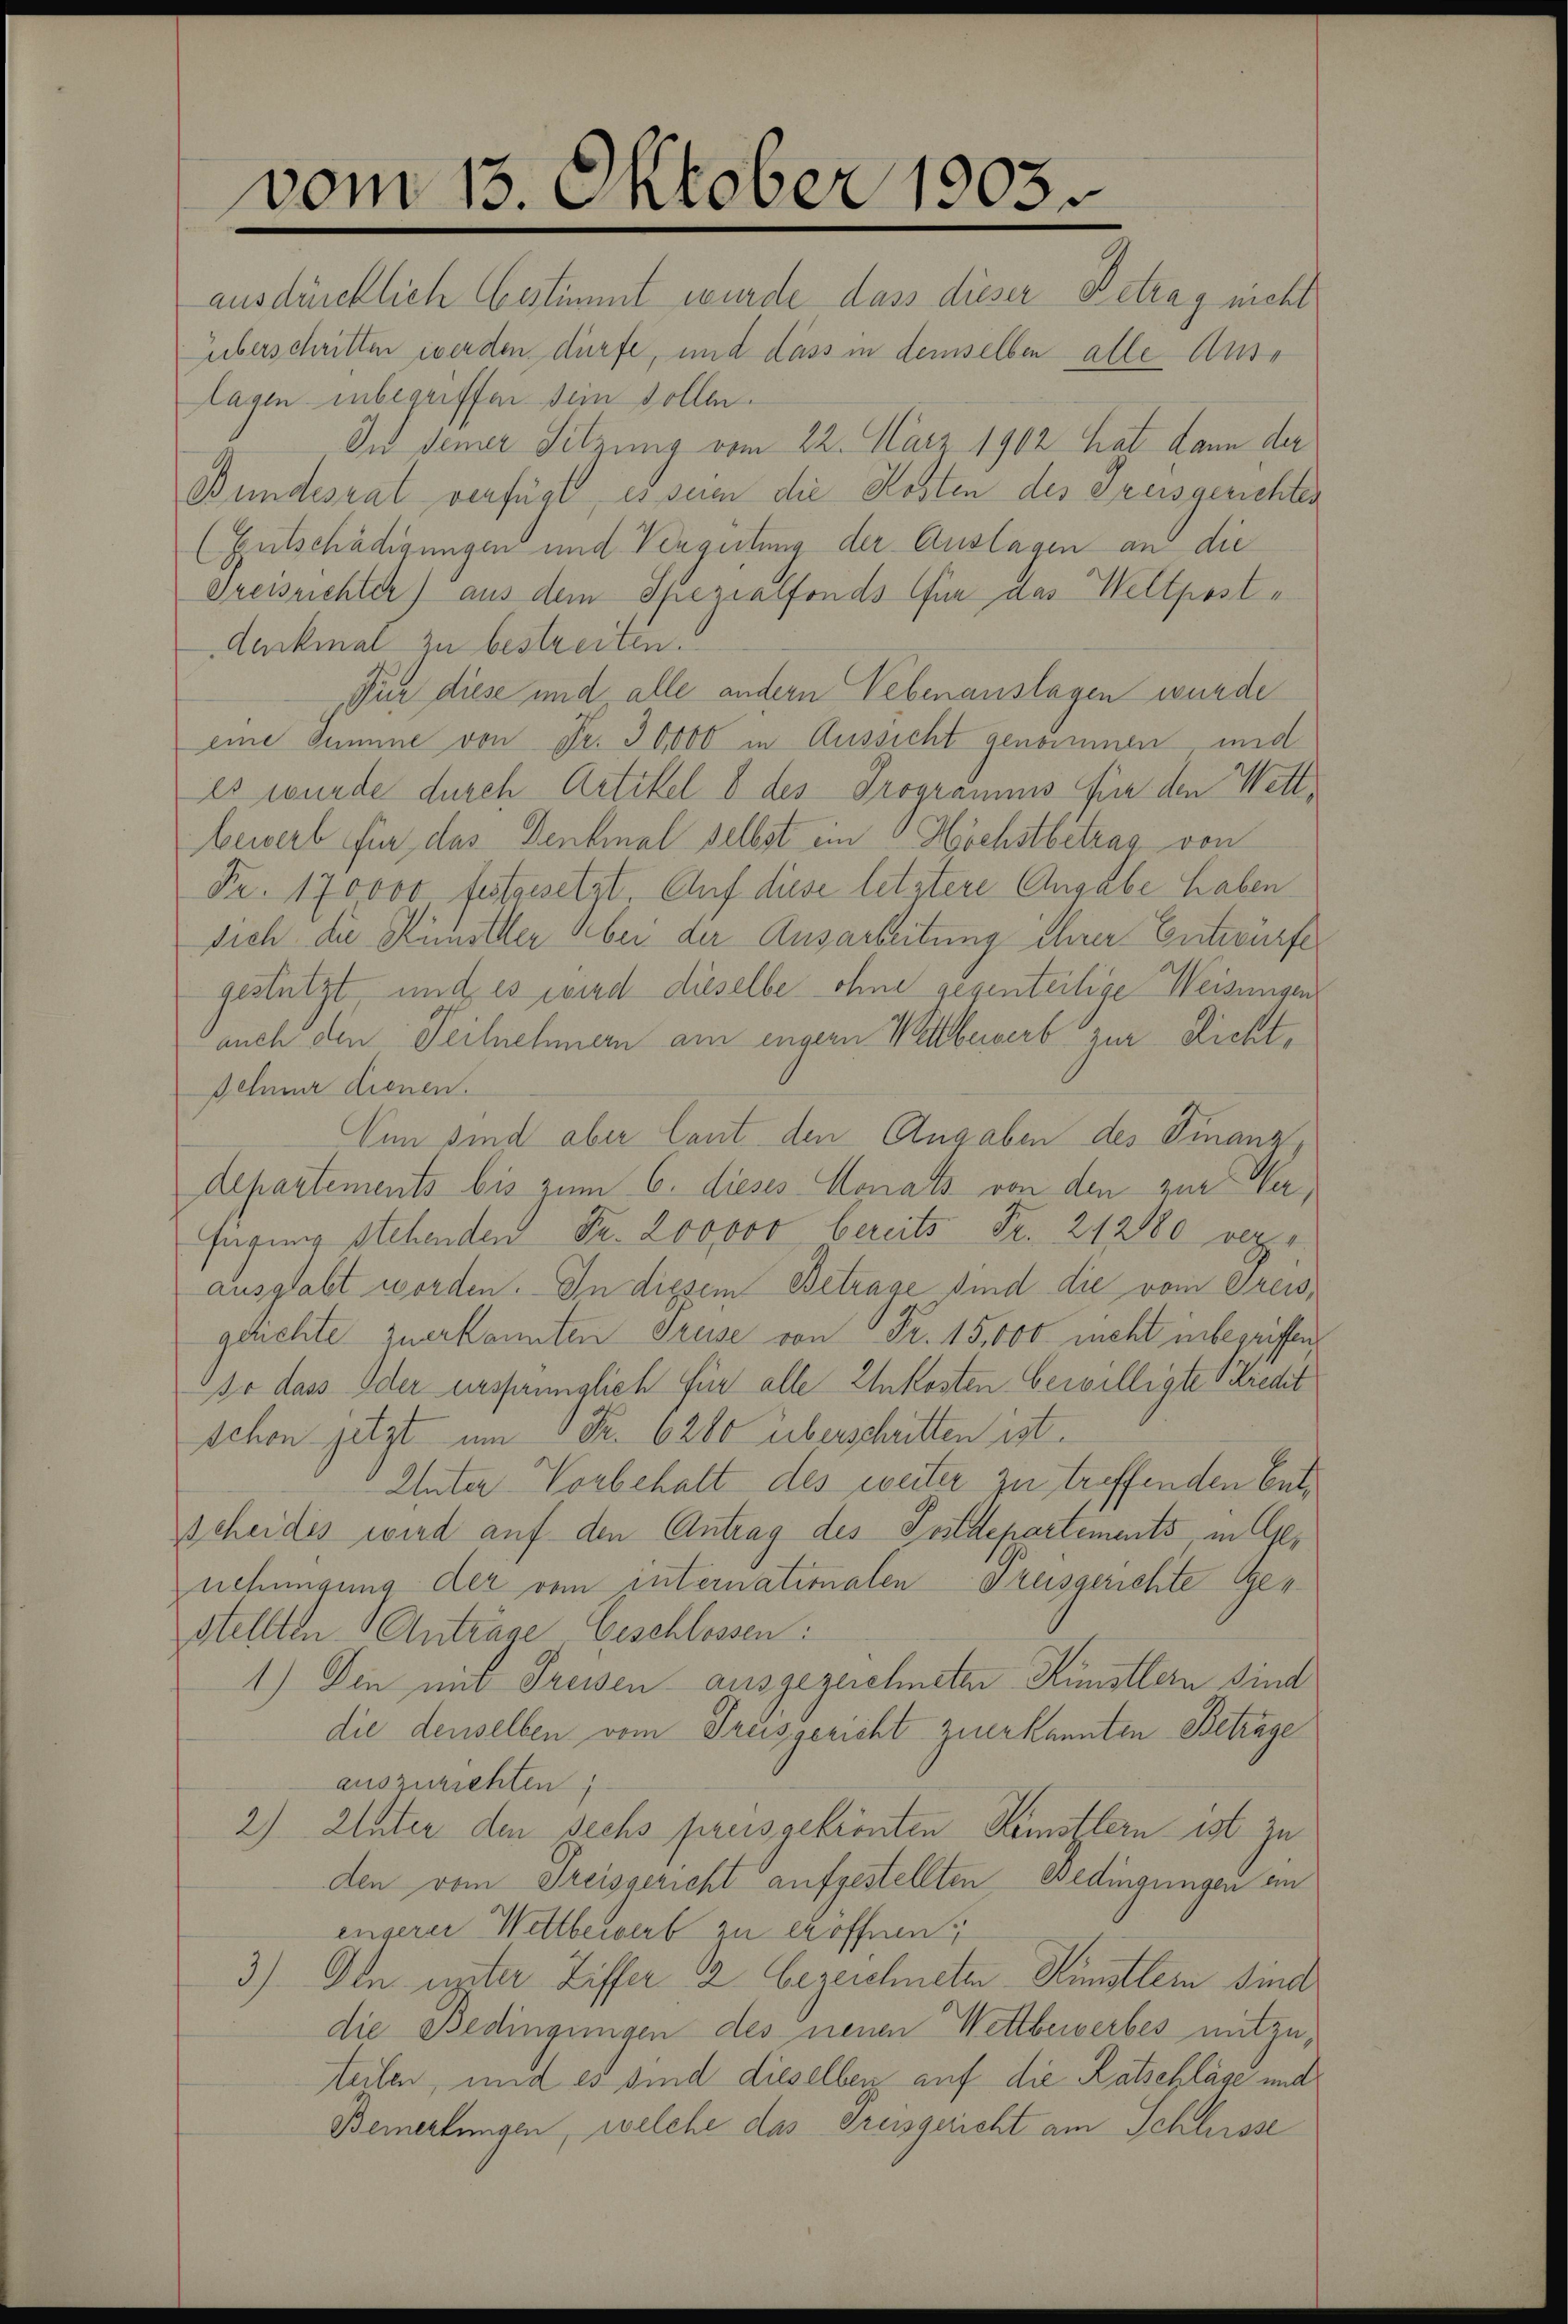
vom 13. Oktober 1903.

ausdrücklich bestimmt wurde dass dieser Betrag nicht
überschritten werden dürfe, und dass in demselben alle Auslagen inbegriffen sein sollen.
In dener Sitzung vom 22. März 1902 hat dann der
Bundesrat verfügt, es seien die Kosten des Kreisgerichten
(Entschädigungen und Vergütung der Auslagen an die
Dreisrichter) aus dem Spezialfonds für das Weltposte
Aerkmal zu bestreiten.
Für diese und alle andern Lebenauslagen wurde
eine Summe von Fr. 30,000 in Aussicht genommen und
es wurde durch Artikel 8 des Programms für den Wettbewerb für das Denkmal selbst ein Höchstbetrag von
Fr. 170000 festgesetzt. Auf diese letztere Angabe haben
sich die Künstler Aber der Ausarbeitung ihrer Entwürfe
gestützt und es wird dieselbe ohne gegenteilige Weisungen
auch den Teilnehmern am engern Wettbewerb zur Richt¬
Jchnur dienen.
Vnn sind aber laut den Angaben des Finanz¬
Alpartements bis zum 6. dieses Monats von den zur Verfügung stehenden Fr. 200000 bereits Fr. 212180 vere
ausgabt worden. In diesem Betrage sind die vom Greisgerichte zuerkannten Preise von Fr. 15,000 nicht inbegriffen
so dass oder ursfänglich für alle Ehrkosten bewilligte Predit
schon jetzt um Fr. 6280 überschritten ist.
Unter Vorbehalt des weiter zu treffenden Bet¬
Scheides wird auf den Antrag des Postdepartements in Genehmigung der vom internationalen dreisgerichte Gestellten Antrage Geschlossen:
1.) Den mit Freisen ausgezeichneten Künstlern sind
die denselben vom Trussericht zuerkannten Betrage
auszuziehten;
2) Unter den sechs preis gekrönten Künstlern ist zu
den vom Preisgericht aufgestellten Bedingungen in
engerer Wettbewerb zu eröffnen.
3) Den unter Ziffer 2 bezeichneten Künstlern sind
die Bedingungen des neuen Wettbewerbes mit zuteilen, und es sind dieselben auf die Ratschläse und
Bemerkungen, welche das Preisgericht am Schlusse